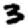
Digit: 3